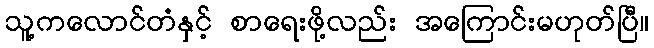
သူ့ကလောင်တံနှင့် စာရေးဖို့လည်း အကြောင်းမဟုတ်ပြီ။